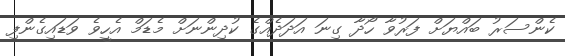
ކެންސަރު ބައްޔަށް ފަރުވާ ހޯދާ ގިނަ އަދަދެއްގެ ކުދިންނަށް މެޑަމް އެހީވެ ވަޑައިގެންފި